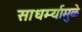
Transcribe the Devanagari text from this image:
साधर्म्यामुळे